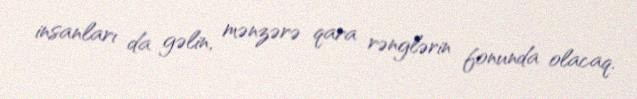
insanları da gəlin, mənzərə qara rənglərin fonunda olacaq.